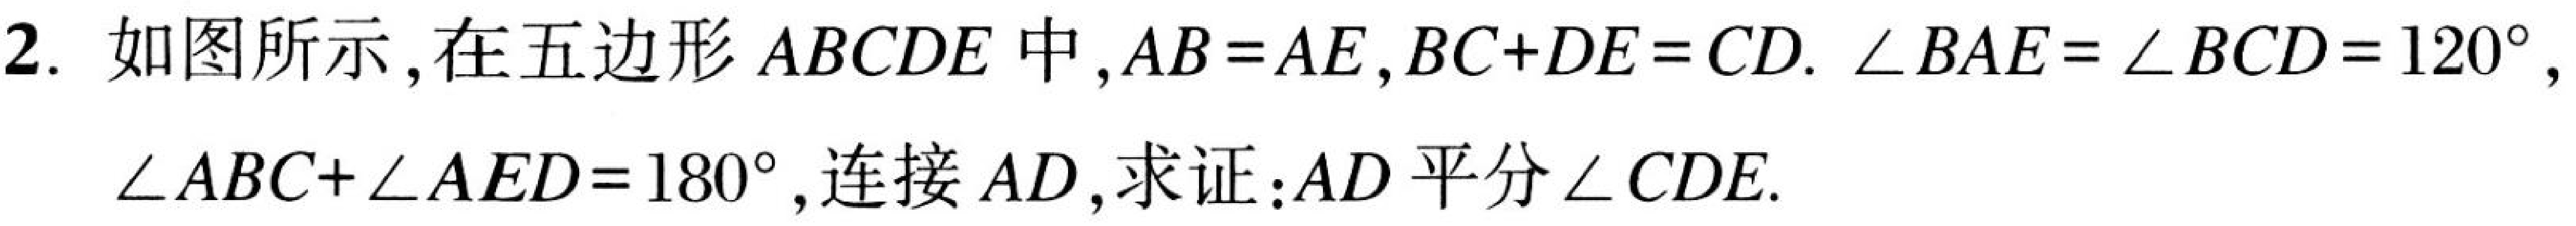
2. 如图所示，在五边形 \(ABCDE\) 中，\(AB = AE\)，\(BC + DE = CD\). \(\angle BAE=\angle BCD = 120^{\circ}\)，\(\angle ABC+\angle AED = 180^{\circ}\)，连接 \(AD\)，求证：\(AD\) 平分 \(\angle CDE\).